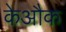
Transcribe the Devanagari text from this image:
केऔक